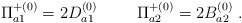
\begin{align*}{\Pi}^{+(0)}_{a1} = 2D^{(0)}_{a1} \hspace{1cm} {\Pi}^{+(0)}_{a2} = 2B^{(0)}_{a2} \ .\end{align*}